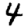
Digit: 4